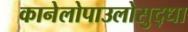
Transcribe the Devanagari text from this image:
कानेलोपाउलोसुद्धा